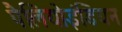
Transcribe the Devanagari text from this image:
पैलियोइंडियन